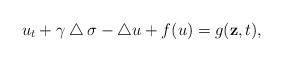
LaTeX: \begin{align*} u_{t}+\gamma\bigtriangleup \sigma-\bigtriangleup u+f(u)=g(\textbf{z},t),\end{align*}